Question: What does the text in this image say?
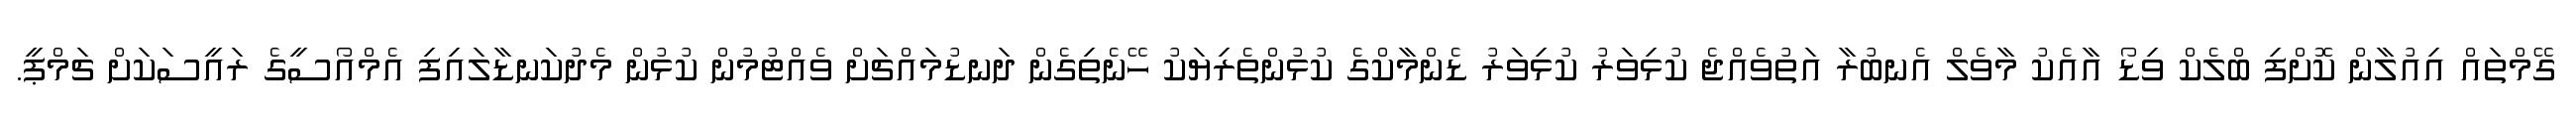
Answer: ގޭމްތައް އިއުލާން ކޮށްފި ބްލެކް ވިޑޯ އާއެކު މާވެލް އެނބުރާ އަތުވެއްޖެ ކުޅިވަރު ކުޅިވަރު ޑެންމާކްގެ ކުޅުންތެރިޔަކު ހޭނެތިގެން ދަނޑުމައްޗަށް ވެއްޓުމުން ކުޅުން މެދުކަނޑާލައިފި އެމްއޯސީގެ ރައީސަކަށް ޗަމްޕީ.